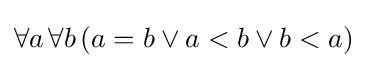
\forall a\,\forall b\,(a=b\vee a<b\vee b<a)